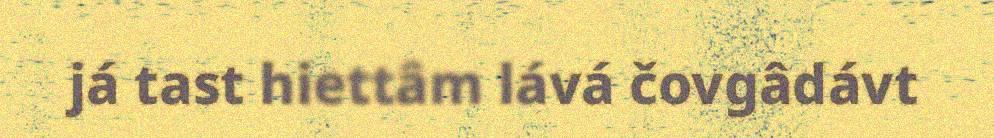
já tast hiettâm lává čovgâdávt